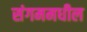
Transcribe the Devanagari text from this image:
संगममधील